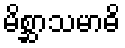
မိစ္ဆာသမာဓိ